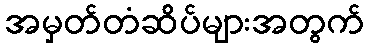
အမှတ်တံဆိပ်များအတွက်